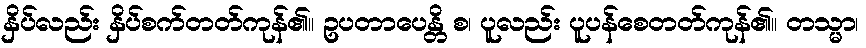
နှိပ်လည်း နှိပ်စက်တတ်ကုန်၏။ ဥပတာပေန္တိ စ၊ ပူလည်း ပူပန်စေတတ်ကုန်၏။ တသ္မာ၊